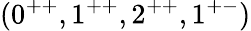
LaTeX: (0^{++},1^{++},2^{++},1^{+-})